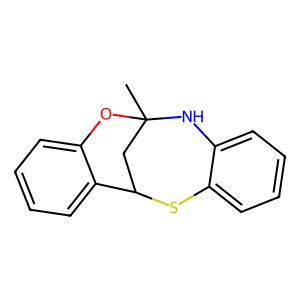
SMILES: CC12CC(Sc3ccccc3N1)c1ccccc1O2
Inhibits HIV replication: No